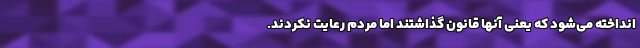
انداخته می‌شود که یعنی آنها قانون گذاشتند اما مردم رعایت نکردند.